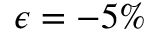
\epsilon = - 5 \%